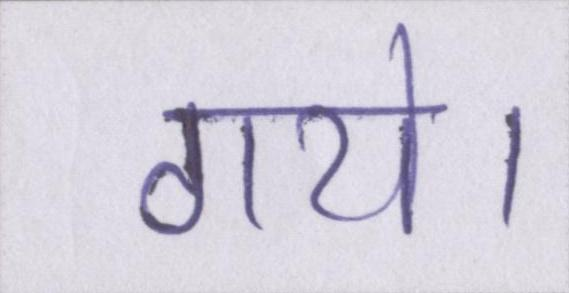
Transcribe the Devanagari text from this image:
गये।